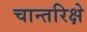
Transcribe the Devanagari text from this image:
चान्तरिक्षे